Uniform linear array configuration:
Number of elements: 16
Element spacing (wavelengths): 0.75
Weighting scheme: binomial
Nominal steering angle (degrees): -45
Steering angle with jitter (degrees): -45.162
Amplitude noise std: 0.05
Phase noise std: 0.05

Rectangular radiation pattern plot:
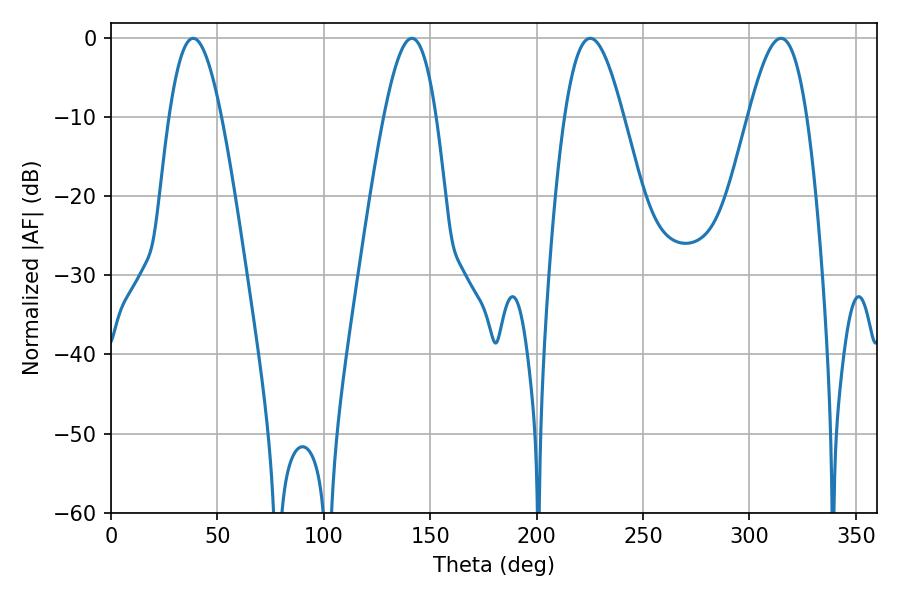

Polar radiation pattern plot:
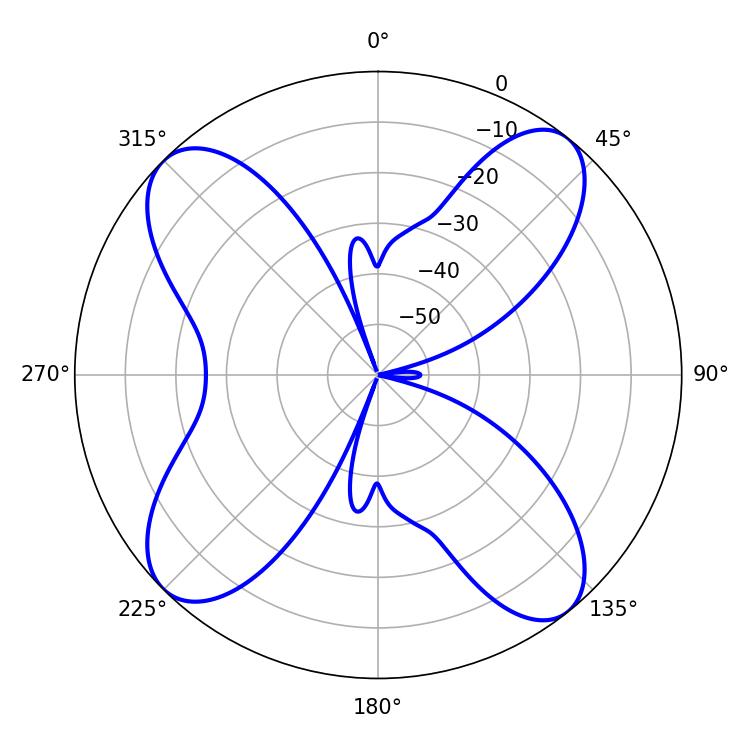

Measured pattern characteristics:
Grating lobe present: TRUE
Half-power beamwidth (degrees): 14.76
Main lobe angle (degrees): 225.18